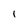
Character: 1